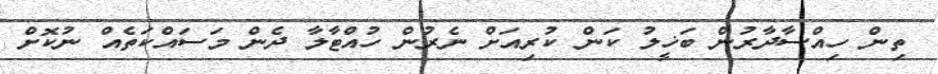
ތިން ހިއްސާދާރުން ބަޚީލު ކަން ކުރިއަށް ނެރުން ހުއްޓާލާ ދެން މަަސައްކަތެއް ނުކޮށް